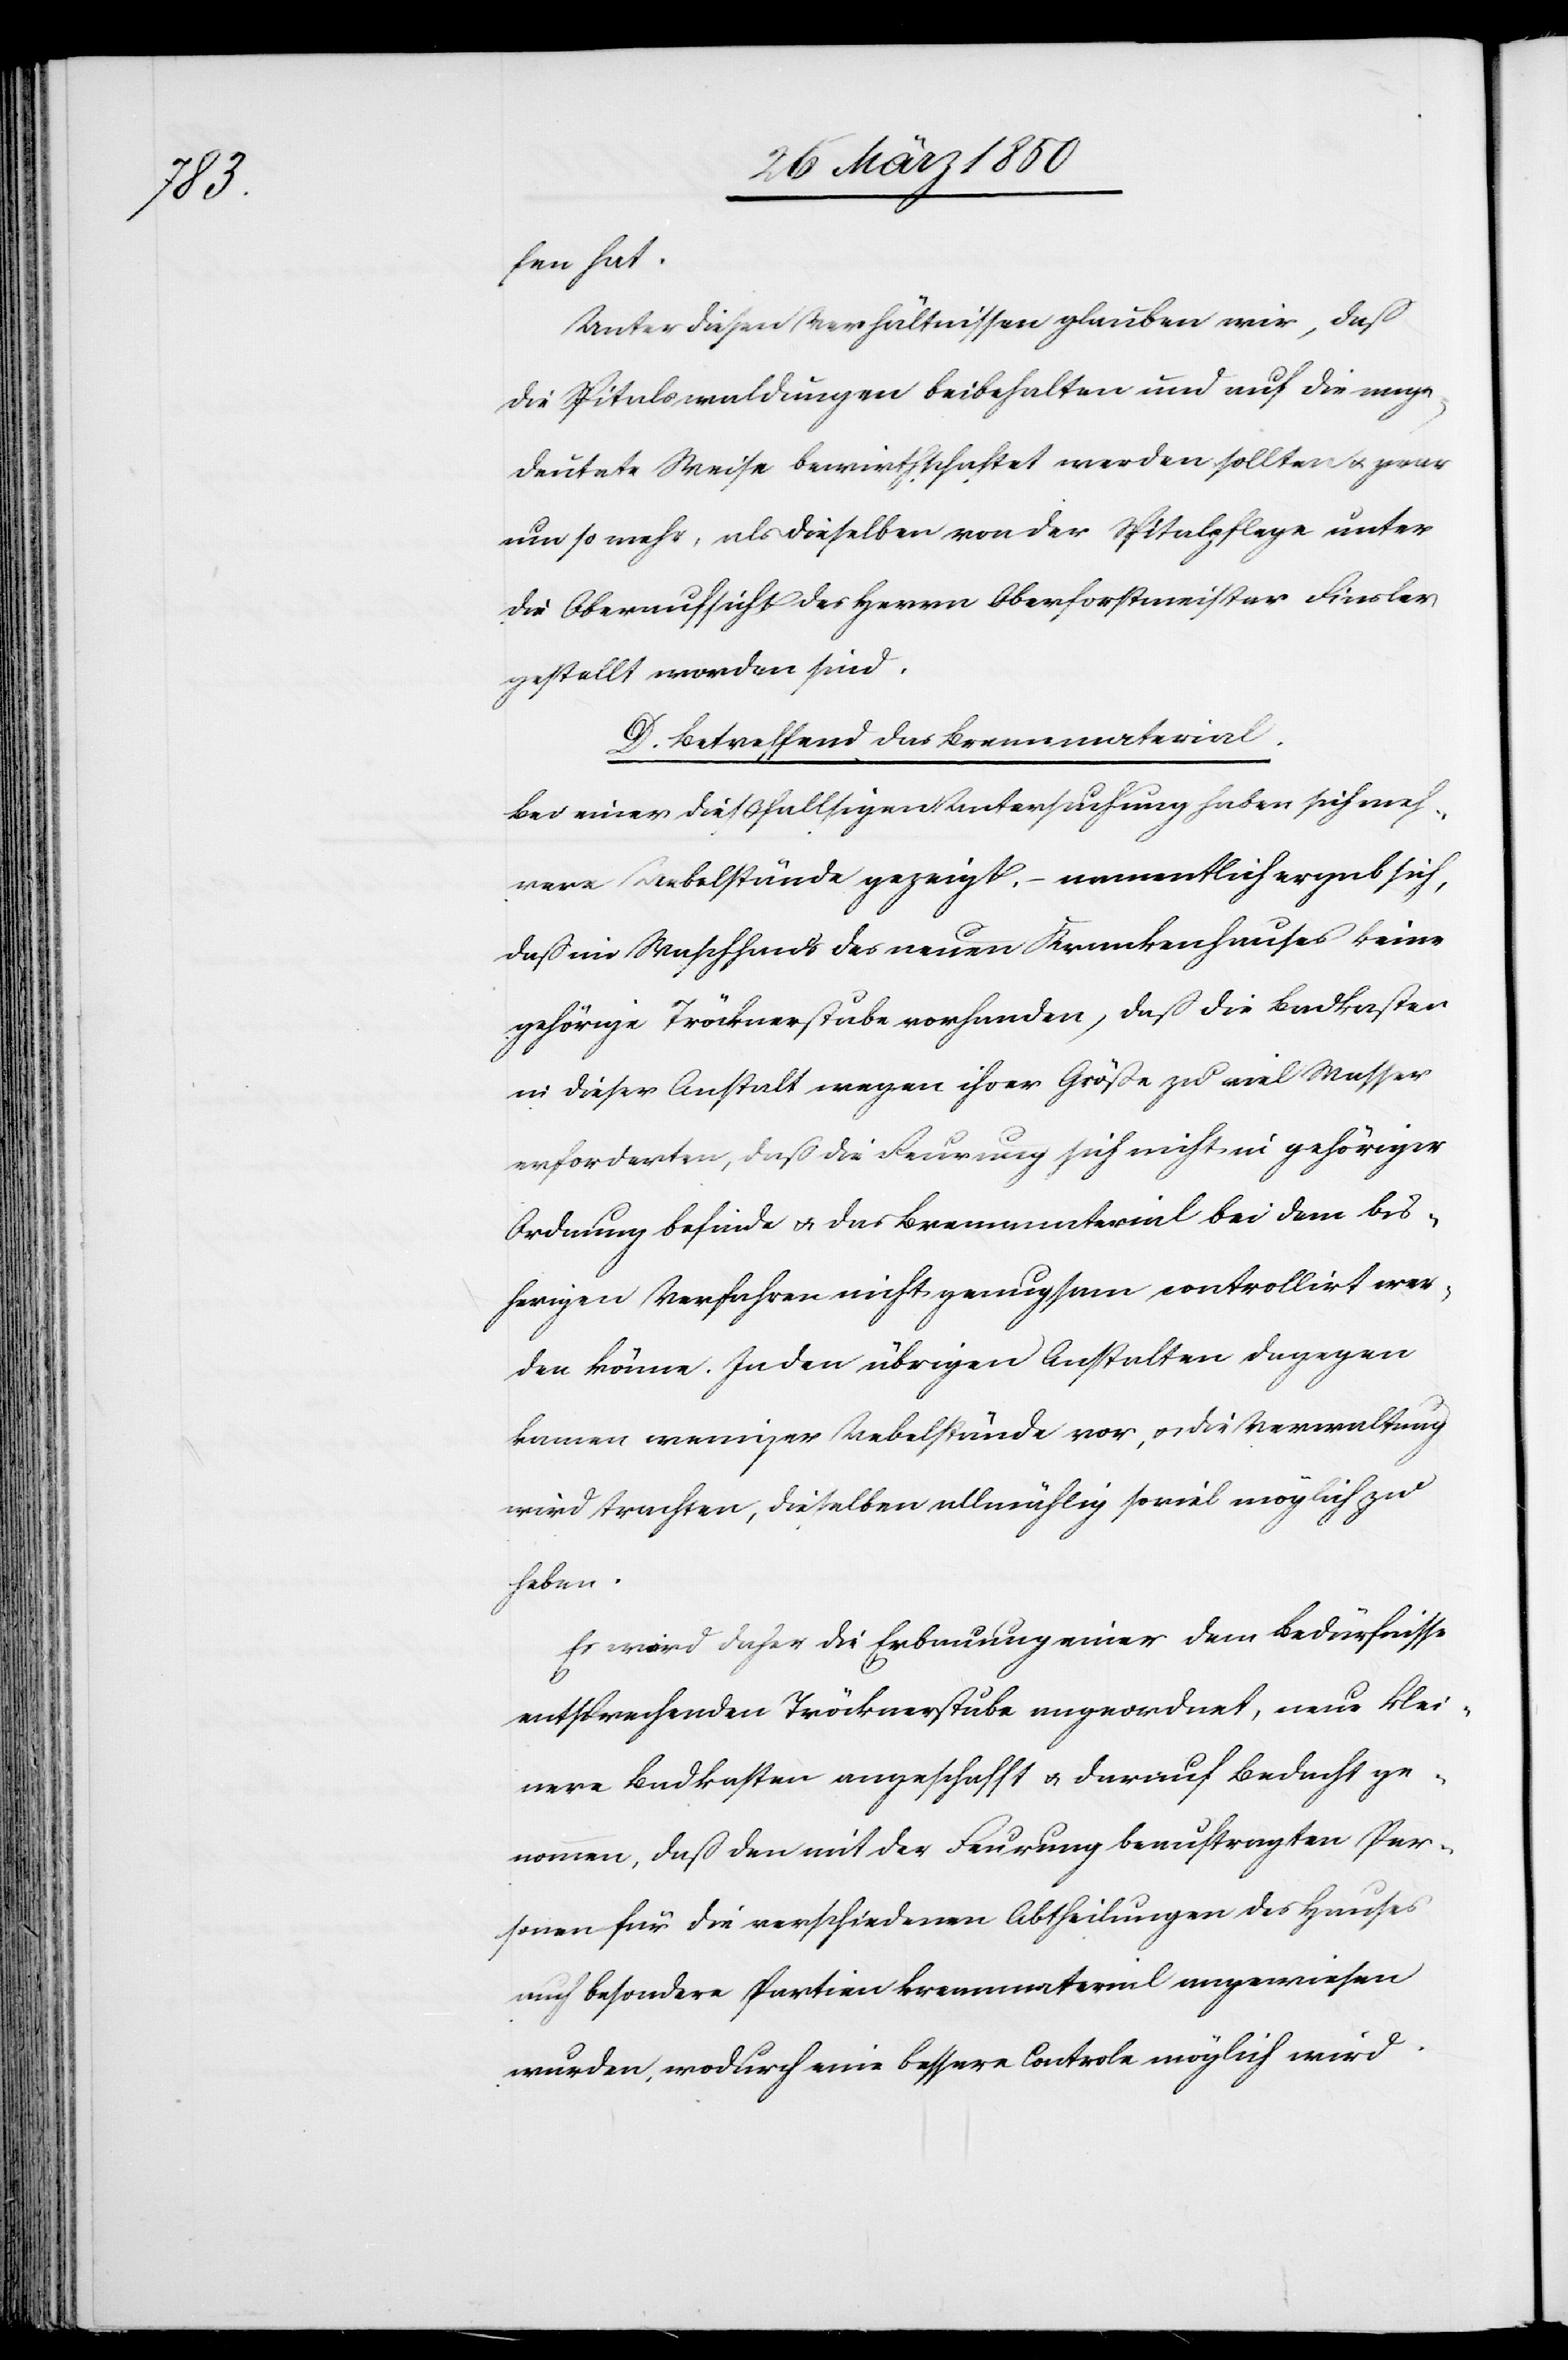
fen hat.
Unter diesen Verhältnissen glauben wir, daß
die Spitalswaldungen beibehalten und auf die ange¬
deutete Weise bewirthschaftet werden sollten u. zwar
um so mehr, als dieselben von der Spitalpflege unter
die Oberaufsicht des Herrn Oberforstmeister Finsler
gestellt worden sind.
D. Betreffend das Brennmaterial.
Bei einer dießfallsigen Untersuchung haben sich meh¬
rere Uebelstände gezeigt. – namentlich ergab sich,
daß im Waschhaus des neuen Krankenhauses keine
gehörige Tröcknerstube vorhanden, daß die Badkasten
in dieser Anstalt wegen ihrer Größe zu viel Wasser
erforderten, daß die Feurung sich nicht in gehöriger
Ordnung befinde u. das Brennmaterial bei dem bis¬
herigen Verfahren nicht genugsam controllirt wer¬
den könne. In den übrigen Anstalten dagegen
kamen weniger Uebelstände vor, u. die Verwaltung
wird trachten, dieselben allmählig soviel möglich zu
heben.
Es wird daher die Erbauung einer dem Bedürfnisse
entsprechenden Tröcknerstube angeordnet, neue klei¬
nere Badkasten angeschafft u. darauf Bedacht ge¬
nommen, daß den mit der Feurung beauftragten Per¬
sonen für die verschiedenen Abtheilungen des Hauses
auch besondere Partien Brennmaterial angewiesen
wurden, wodurch eine bessere Controle möglich wird.